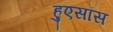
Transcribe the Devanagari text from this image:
हुएसॉस